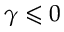
\gamma \leqslant 0